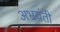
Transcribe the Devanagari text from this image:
अभ्रयंती